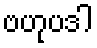
ဗဟုပဒါ